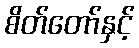
စိတ်တော်နှင့်